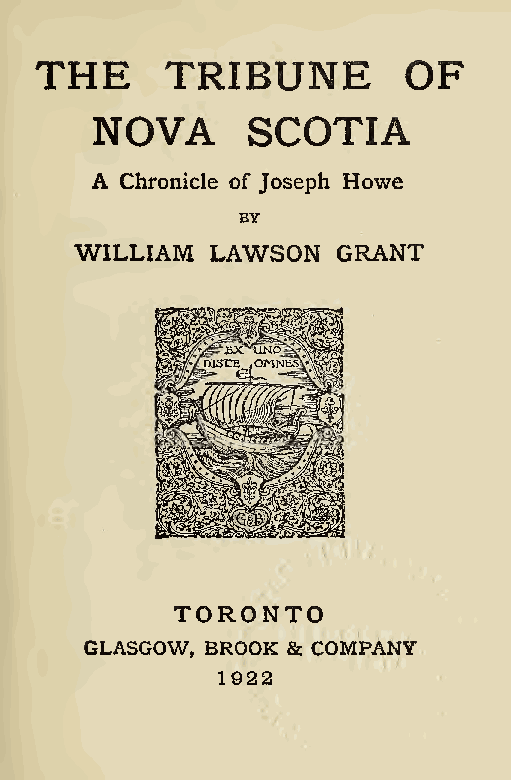
THE      TRIBUNE         OF
 NOVA      SCOTIA
 A Chronicle of Joseph Howe
 BY
 WILLIAM  LAWSON  GRANT
 TORONTO
 GLASGOW, BROOK & COMPANY
 1922